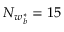
N _ { w _ { b } ^ { * } } = 1 5